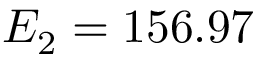
E _ { 2 } = 1 5 6 . 9 7